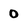
Character: o